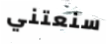
سنعتني